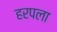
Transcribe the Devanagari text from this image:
हरपला